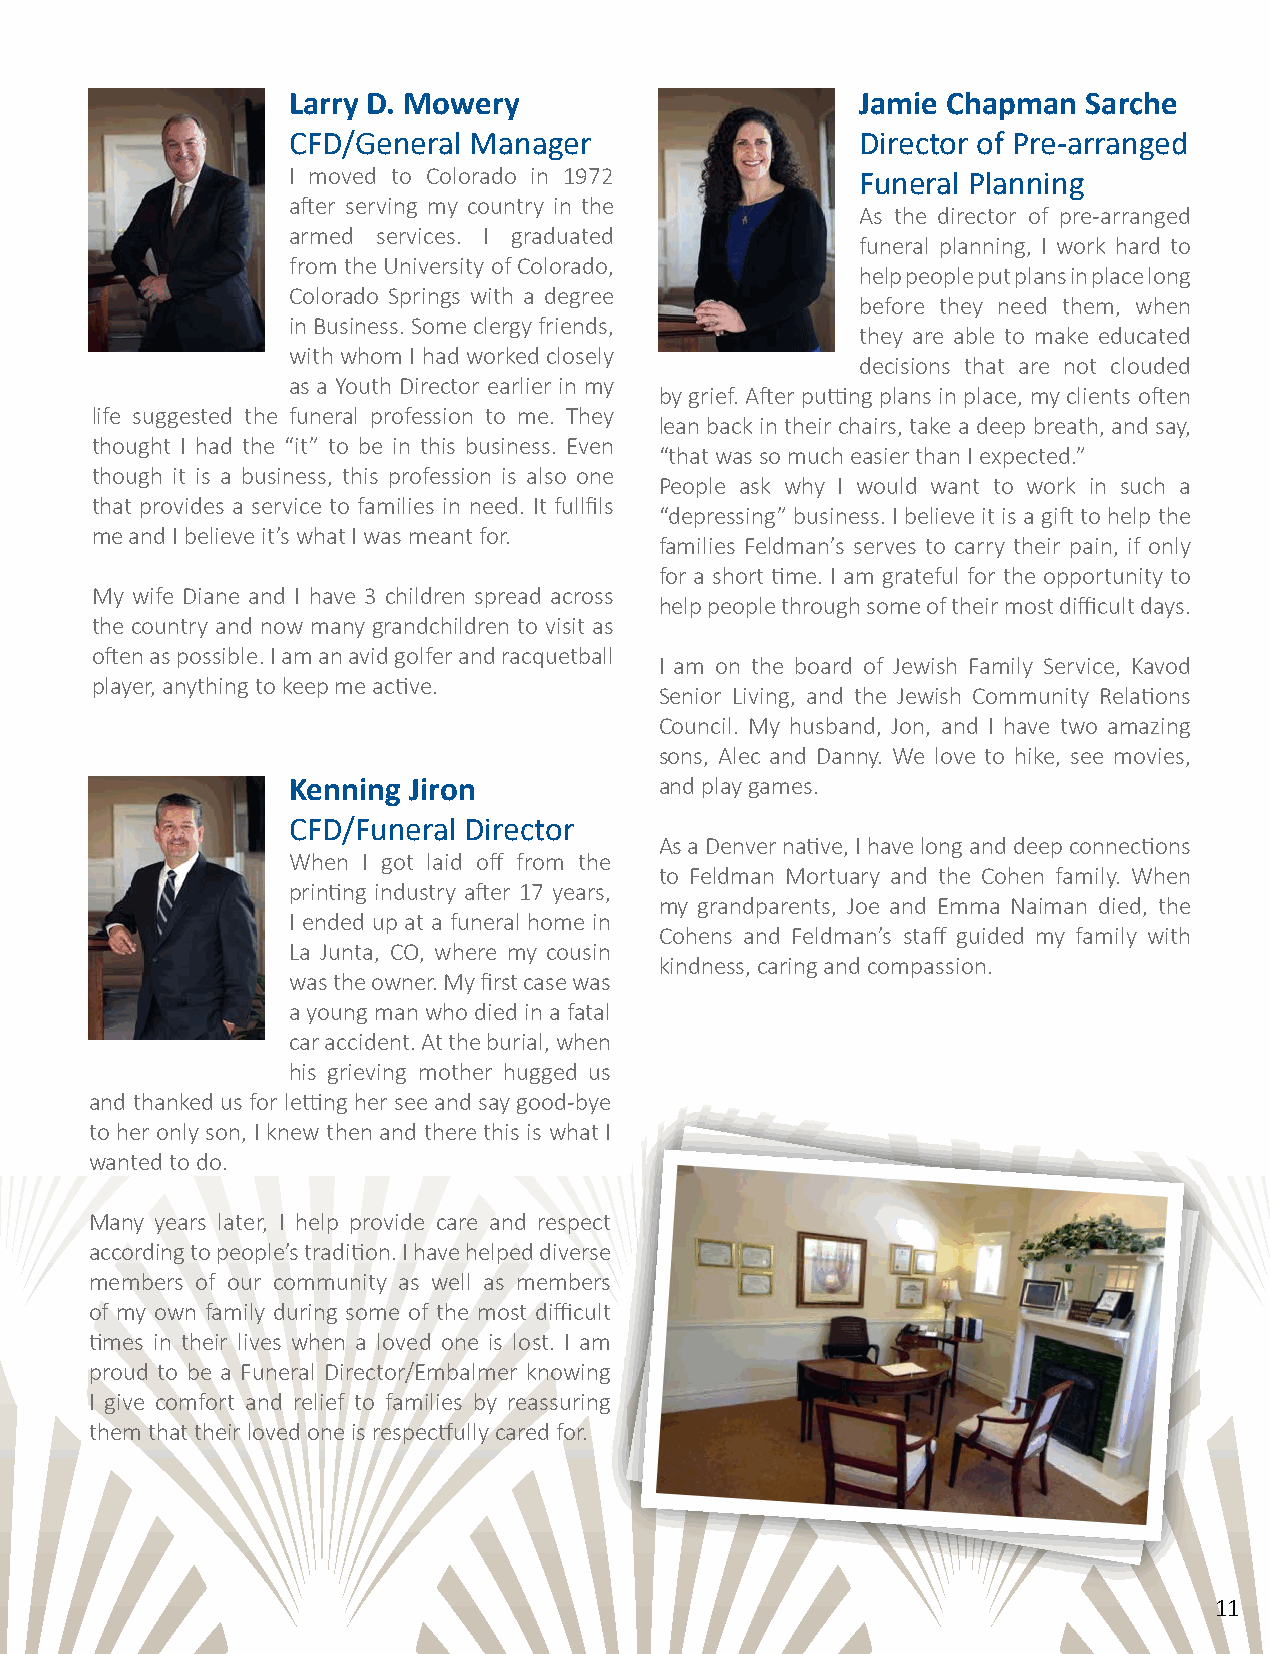
Larry D. Mowery                       Jamie Chapman  Sarche
 CFD/General Manager                   Director of Pre-arranged
 I moved to Colorado in 1972           Funeral Planning
 after serving my country in the
 As the director of pre-arranged
 armed services. I graduated
 funeral planning, I work hard to
 from the University of Colorado,
 help people put plans in place long
 Colorado Springs with a degree
 before they need them, when
 in Business. Some clergy friends,
 they are able to make educated
 with whom I had worked closely
 decisions that are not clouded
 as a Youth Director earlier in my
 by grief. After putting plans in place, my clients often
 life suggested the funeral profession to me. They
 lean back in their chairs, take a deep breath, and say,
 thought I had the “it” to be in this business. Even
 “that was so much easier than I expected.”
 though it is a business, this profession is also one
 People ask why I would want to work in such a
 that provides a service to families in need. It fullfils
 “depressing” business. I believe it is a gift to help the
 me and I believe it’s what I was meant for.
 families Feldman’s serves to carry their pain, if only
 for a short time. I am grateful for the opportunity to
 My wife Diane and I have 3 children spread across
 help people through some of their most difficult days.
 the country and now many grandchildren to visit as
 often as possible. I am an avid golfer and racquetball
 I am on the board of Jewish Family Service, Kavod
 player, anything to keep me active.
 Senior Living, and the Jewish Community Relations
 Council. My husband, Jon, and I have two amazing
 sons, Alec and Danny. We love to hike, see movies,
 Kenning Jiron            and play games.
 CFD/Funeral Director
 As a Denver native, I have long and deep connections
 When I got laid off from the
 to Feldman Mortuary and the Cohen family. When
 printing industry after 17 years,
 my grandparents, Joe and Emma Naiman died, the
 I ended up at a funeral home in
 Cohens and Feldman’s staff guided my family with
 La Junta, CO, where my cousin
 kindness, caring and compassion.
 was the owner. My first case was
 a young man who died in a fatal
 car accident. At the burial, when
 his grieving mother hugged us
 and thanked us for letting her see and say good-bye
 to her only son, I knew then and there this is what I
 wanted to do.
 Many years later, I help provide care and respect
 according to people’s tradition. I have helped diverse
 members of our community as well as members
 of my own family during some of the most difficult
 times in their lives when a loved one is lost. I am
 proud to be a Funeral Director/Embalmer knowing
 I give comfort and relief to families by reassuring
 them that their loved one is respectfully cared for.
 11